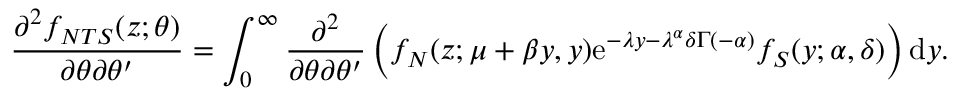
\frac { \partial ^ { 2 } f _ { N T S } ( z ; \theta ) } { \partial \theta \partial \theta ^ { \prime } } = \int _ { 0 } ^ { \infty } \frac { \partial ^ { 2 } } { \partial \theta \partial \theta ^ { \prime } } \left( f _ { N } ( z ; \mu + \beta y , y ) \mathrm { e } ^ { - \lambda y - \lambda ^ { \alpha } \delta \Gamma ( - \alpha ) } f _ { S } ( y ; \alpha , \delta ) \right) \mathrm { d } y .